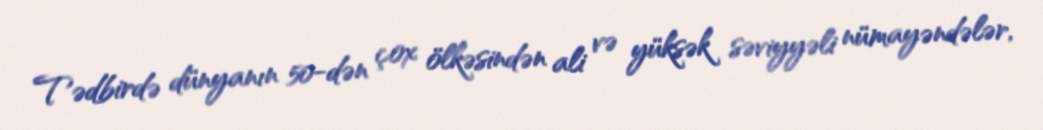
Tədbirdə dünyanın 50-dən çox ölkəsindən ali və yüksək səviyyəli nümayəndələr,